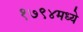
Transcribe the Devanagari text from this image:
१७९४मध्ये